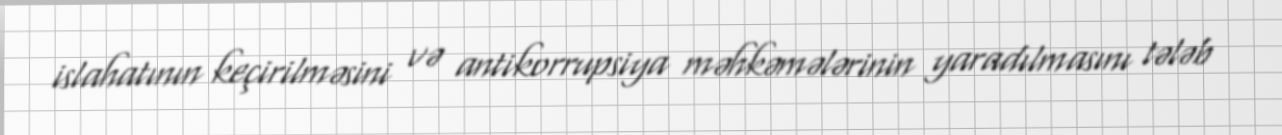
islahatının keçirilməsini və antikorrupsiya məhkəmələrinin yaradılmasını tələb